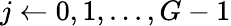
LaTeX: j\gets 0,1,...,G-1